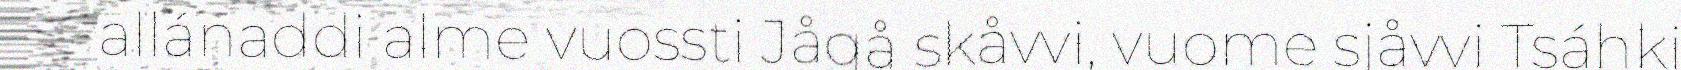
allánaddi alme vuossti Jågå skåvvi, vuome sjåvvi Tsáhki